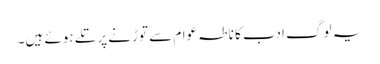
یہ لوگ ادب کا ناطہ عوام سے توڑنے پر تلے ہوئے ہیں۔